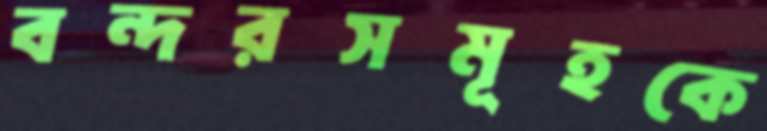
বন্দরসমূহকে